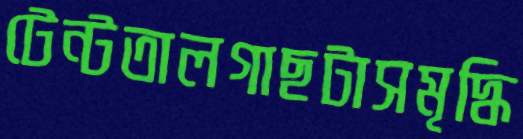
টেন্টতালগাছটাসমৃদ্ধি